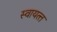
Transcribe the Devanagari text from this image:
स्वायत्त्त